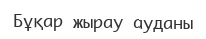
Бұқар жырау ауданы